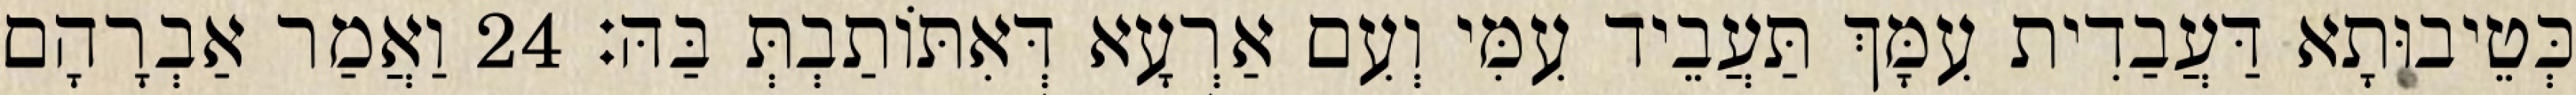
כְּטֵיבוּתָא דַּעֲבַדִית עִמָּךְ תַּעֲבֵיד עִמִּי וְעִם אַרְעָא דְּאִתּוֹתַבְתְּ בַּהּ׃ 24 וַאֲמַר אַבְרָהָם